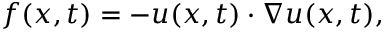
\boldsymbol { f } ( \boldsymbol { x } , t ) = - \boldsymbol { u } ( \boldsymbol { x } , t ) \cdot \nabla \boldsymbol { u } ( \boldsymbol { x } , t ) ,